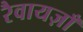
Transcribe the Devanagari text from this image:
रैवायज़ाँ